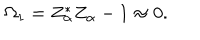
LaTeX: \Omega _ { 1 } = Z _ { \alpha } ^ { * } Z _ { \alpha } - 1 \approx 0 .